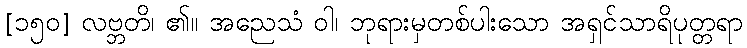
[၁၅၀] လဗ္ဘတိ၊ ၏။ အညေသံ ဝါ၊ ဘုရားမှတစ်ပါးသော အရှင်သာရိပုတ္တရာ